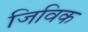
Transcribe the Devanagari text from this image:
जिविक